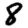
Digit: 8